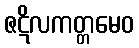
ဇဋိလကတ္တမေဝ